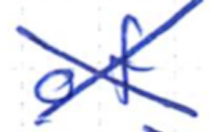
Text: of
Cross-out: cross
Writing tool: ballpoint